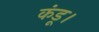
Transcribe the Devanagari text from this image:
कंडू।